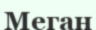
Меган